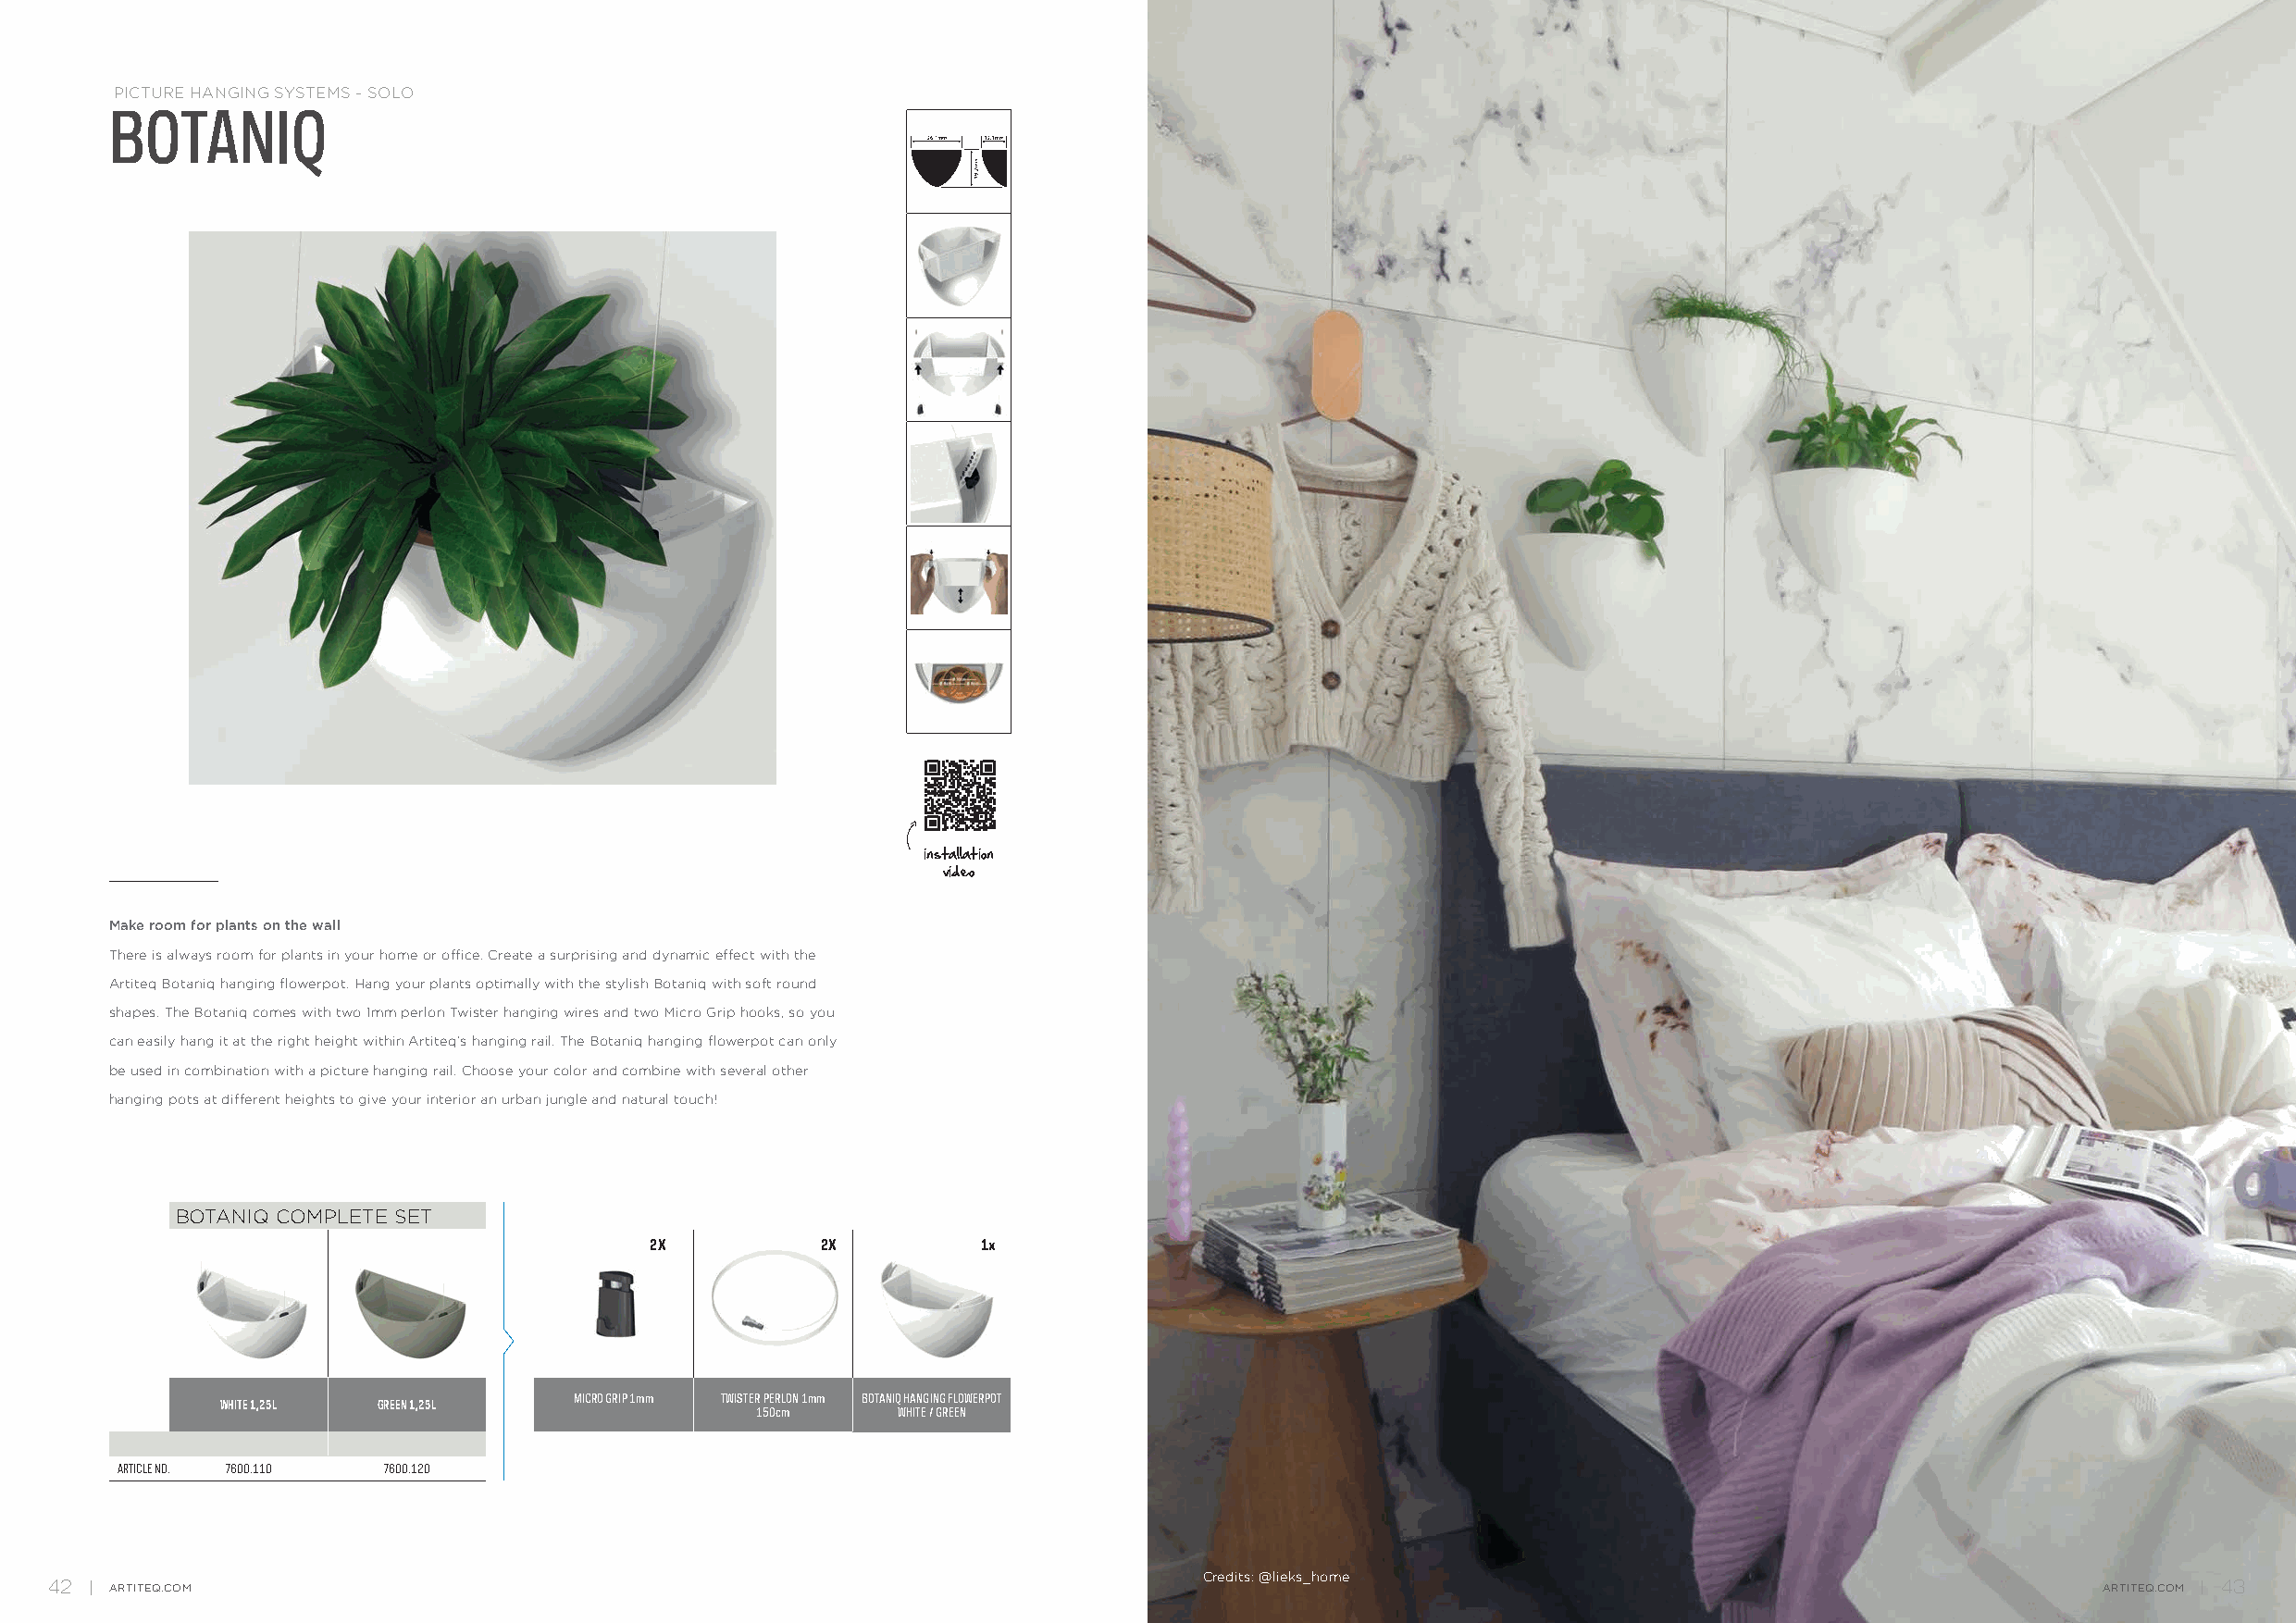
PICTURE HANGING SYSTEMS - SOLO
 BOTANIQ
 installation
 video
 Make room for plants on the wall
 There is always room for plants in your home or office. Create a surprising and dynamic effect with the
 Artiteq Botaniq hanging flowerpot. Hang your plants optimally with the stylish Botaniq with soft round
 shapes. The Botaniq comes with two 1mm perlon Twister hanging wires and two Micro Grip hooks, so you
 can easily hang it at the right height within Artiteq’s hanging rail. The Botaniq hanging flowerpot can only
 be used in combination with a picture hanging rail. Choose your color and combine with several other
 hanging pots at different heights to give your interior an urban jungle and natural touch!
 BOTANIQ COMPLETE SET
 2X           2X         1x
 MICRO GRIP 1mm TWISTER PERLON 1mm BOTANIQ HANGING FLOWERPOT
 WHITE 1,25L GREEN 1,25L
 150cm     WHITE / GREEN
 ARTICLE NO. 7600.110 7600.120
 Credits: @lieks_home
 42   ARTITEQ.COM                                                                                                                                   ARTITEQ.COM 43